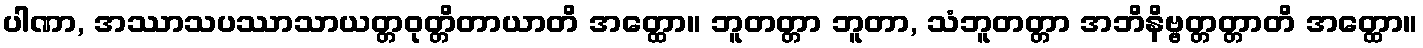
ပါဏာ, အဿာသပဿာသာယတ္တဝုတ္တိတာယာတိ အတ္ထော။ ဘူတတ္တာ ဘူတာ, သံဘူတတ္တာ အဘိနိဗ္ဗတ္တတ္တာတိ အတ္ထော။